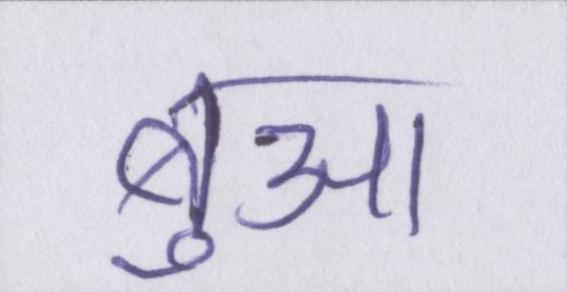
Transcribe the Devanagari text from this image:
बुआ